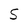
Character: S